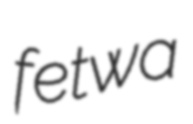
fetwa